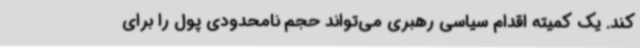
کند. یک کمیته اقدام سیاسی رهبری می‌تواند حجم نامحدودی پول را برای